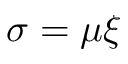
\sigma = \mu \xi